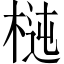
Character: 𣔝